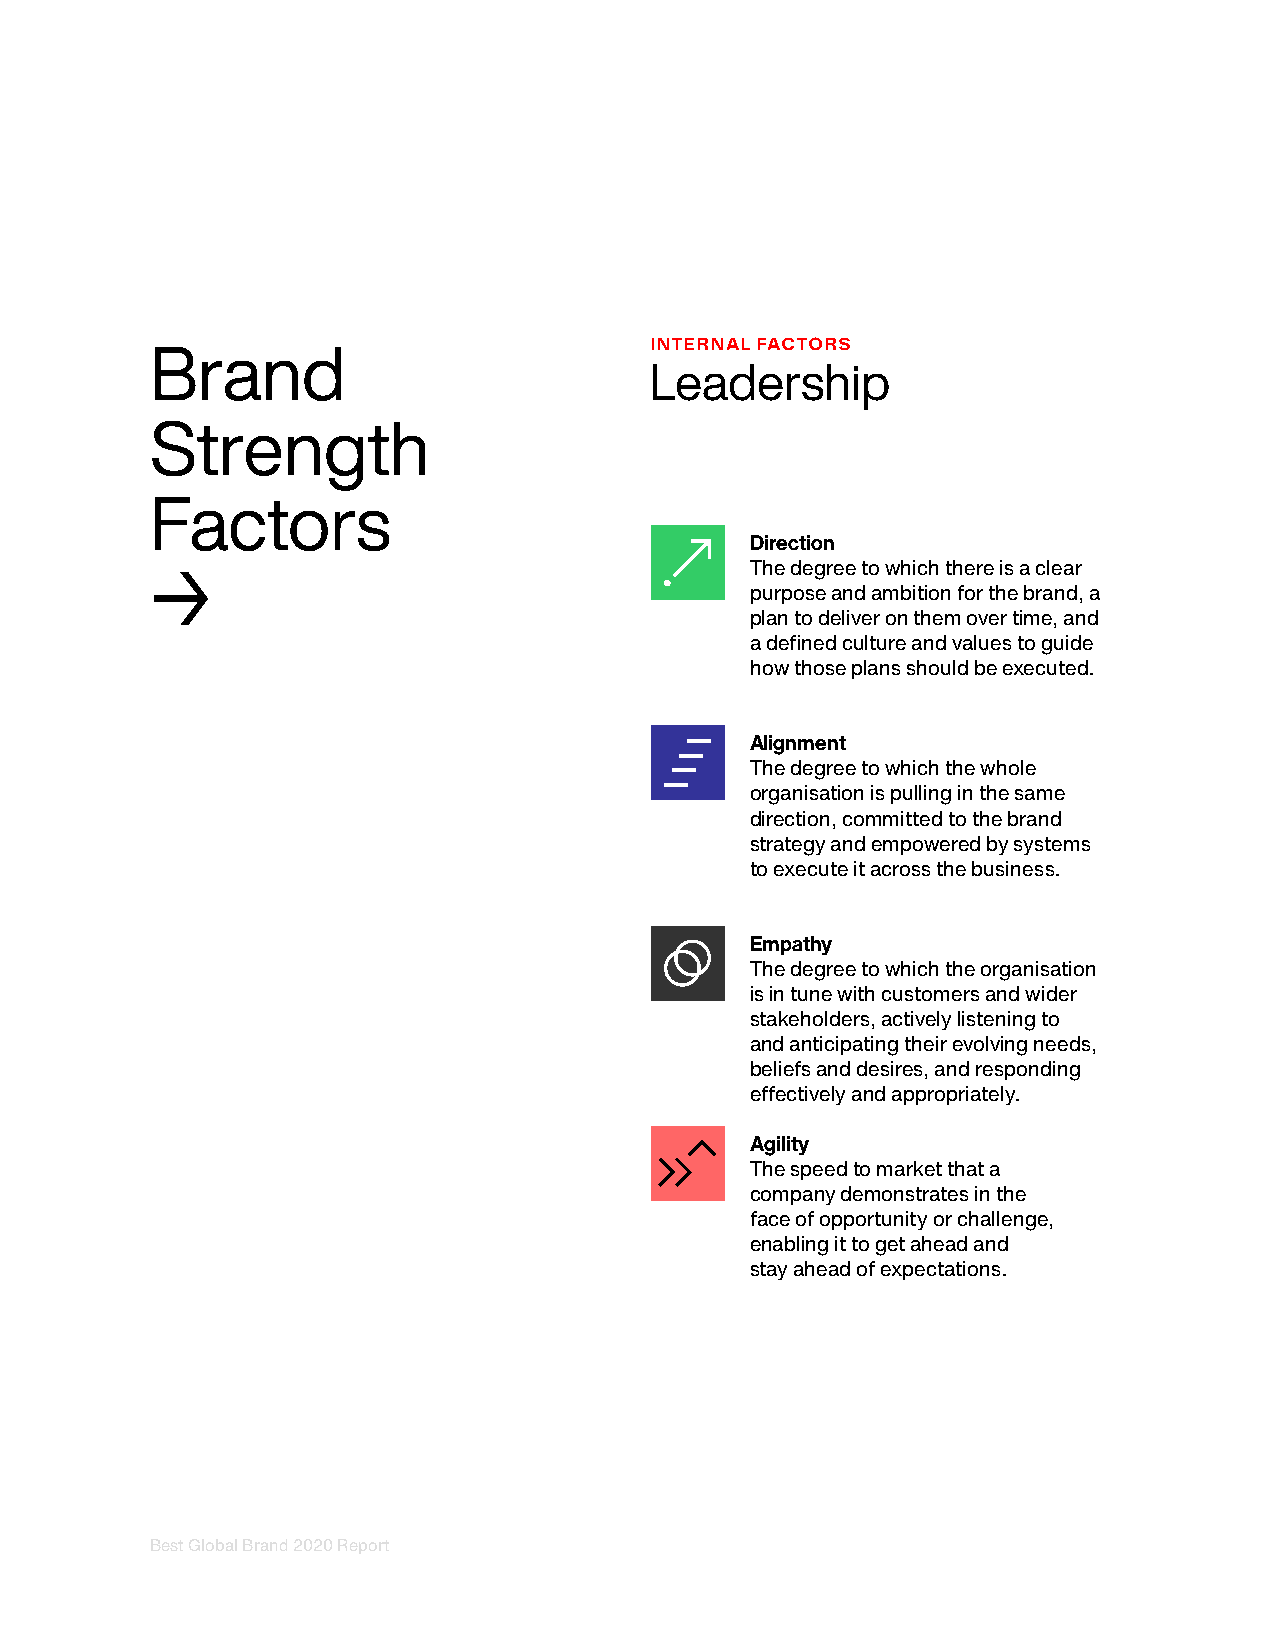
INTERNAL FACTORS
 Brand
 Leadership
 Strength
 Factors
 Direction
 The degree to which there is a clear
 →
 purpose and ambition for the brand, a
 plan to deliver on them over time, and
 a defined culture and values to guide
 how those plans should be executed.
 Alignment
 The degree to which the whole
 organisation is pulling in the same
 direction, committed to the brand
 strategy and empowered by systems
 to execute it across the business.
 Empathy
 The degree to which the organisation
 is in tune with customers and wider
 stakeholders, actively listening to
 and anticipating their evolving needs,
 beliefs and desires, and responding
 effectively and appropriately.
 Agility
 The speed to market that a
 company demonstrates in the
 face of opportunity or challenge,
 enabling it to get ahead and
 stay ahead of expectations.
 Best Global Brand 2020 Report